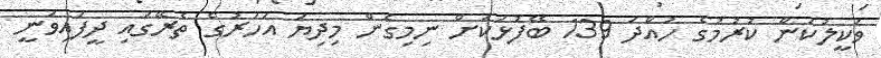
ވަކީލުކަން ކުރުމުގެ ހުއްދަ 139 ބޭފުޅަކަށް ނިމިގެން މިދިޔަ އަހަރުގެ ތެރޭގައި ދީފައިވަނީ